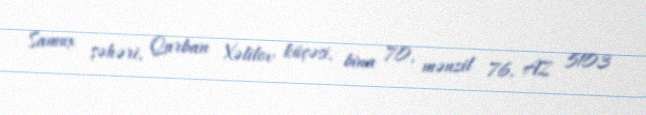
Samux şəhəri, Qurban Xəlilov küçəsi, bina 70, mənzil 76, AZ 5103